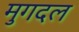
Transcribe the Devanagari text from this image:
मुगदल